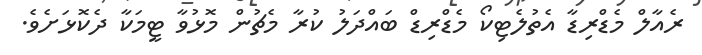
ރެއާލް މެޑްރިޑާ އެތުލެޓިކޯ މެޑްރިޑް ބައްދަލު ކުރާ މެޗުން މޮޅުވާ ޓީމަކާ ދެކޮޅަށެވެ.